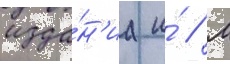
изда́н'иа и́ // М